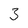
Character: 3